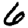
Digit: 6